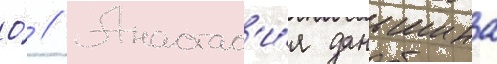
О́ // Анастас'и́я даньшина